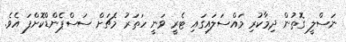
ނަސްލީ ގޮތުން ދިމާކުރި މައްސަލައިގައި ޓެރީ ވަނީ ހަތަރު މެޗަށް ސަސްޕެންޑްކޮށްފަ އެވެ.